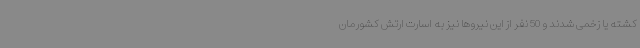
کشته یا زخمی شدند و 50 نفر از این نیروها نیز به اسارت ارتش کشورمان